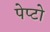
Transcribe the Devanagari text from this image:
पेप्टो